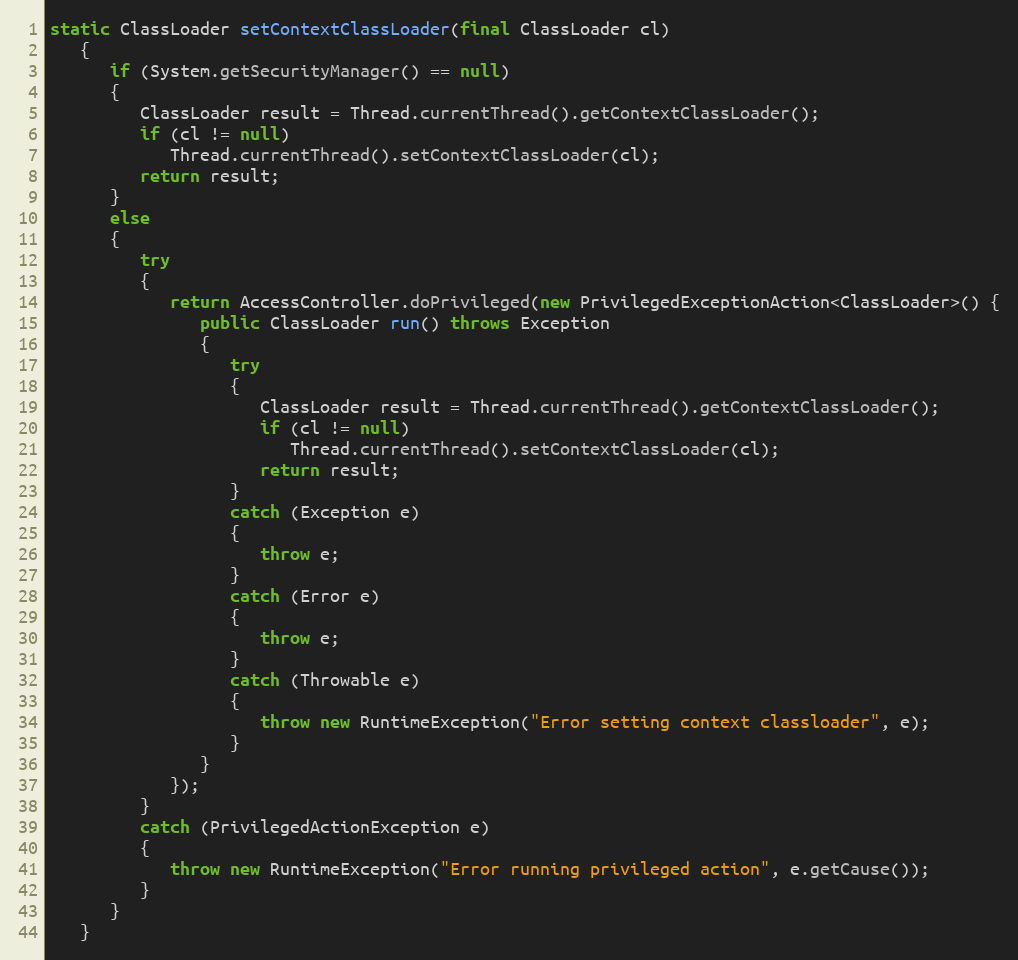
Language: Java
static ClassLoader setContextClassLoader(final ClassLoader cl)
   {
      if (System.getSecurityManager() == null)
      {
         ClassLoader result = Thread.currentThread().getContextClassLoader();
         if (cl != null)
            Thread.currentThread().setContextClassLoader(cl);
         return result;
      }
      else
      {
         try
         {
            return AccessController.doPrivileged(new PrivilegedExceptionAction<ClassLoader>() {
               public ClassLoader run() throws Exception
               {
                  try
                  {
                     ClassLoader result = Thread.currentThread().getContextClassLoader();
                     if (cl != null)
                        Thread.currentThread().setContextClassLoader(cl);
                     return result;
                  }
                  catch (Exception e)
                  {
                     throw e;
                  }
                  catch (Error e)
                  {
                     throw e;
                  }
                  catch (Throwable e)
                  {
                     throw new RuntimeException("Error setting context classloader", e);
                  }
               }
            });
         }
         catch (PrivilegedActionException e)
         {
            throw new RuntimeException("Error running privileged action", e.getCause());
         }
      }
   }